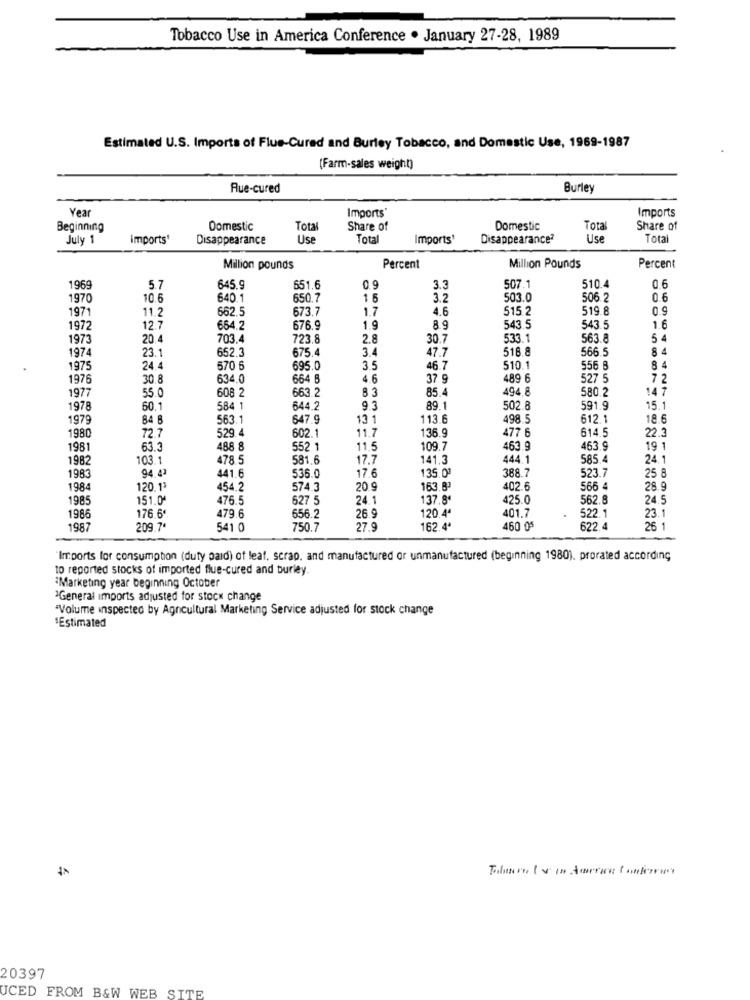
Tobacco Use in America Conference . January 27-28, 1989
Estimated U.S. Imports of Flus-Cured and Burley Tobacco, and Domestic Use, 1969-1987
(Farm-sales weight)
Rue-cured
Burley
Year
Imports'
Imports
Beginning
Domestic
Tota
Share of
Domestic
Total
Share of
July 1
imports'
Disappearance
Use
Total
Imports'
Disappearance?
Use
Total
Million pounds
Percent
Million Pounds
Percent
1969
5.7
645.9
651.6
0.9
3.3
507.1
510.4
0.6
1970
10.6
640.1
650.7
16
3.2
503.0
506.2
0.6
1971
662.5
673.7
1.7
4.6
515.2
519.8
0.9
11.2
1972
12.7
664.2
676.9
1.9
8.9
543.5
543.5
1.6
1973
20.4
703.4
723.8
2.8
30.7
533.1
563.8
54
1974
652.3
675.4
3.4
516 8
566.5
84
23.1
47.7
1975
24.4
570 6
695.0
3.5
46.7
510.1
556 8
84
1976
30.8
634.0
664 B
4.6
37 9
489 6
527 5
72
197
608 2
663.2
33
85.4
494,8
580.2
14.7
55.0
1978
60.1
584 1
644.2
9.3
89.1
502.8
591.9
15.1
1979
84
563.1
647.9
13 1
113.6
498.5
612.1
18.6
1980
529.4
477 6
614.5
22.3
72.7
602.1
11.7
136.9
1981
63.3
488 8
552 1
11.5
109.7
463.9
463.9
19
1982
103.1
478.5
581.6
17.7
141.3
444.1
585.4
24.1
1983
94.43
441.6
17.6
388.7
523.7
536.0
135.02
25 8
1984
120.13
454.2
574.3
20.9
163.83
402.6
566 4
28.9
1985
151.0'
476.5
627 5
24.1
137.8ª
425.0
562.8
24.5
401.7
522.1
23.1
1986
176.6*
479.6
656.2
26.9
120.4ª
.
1987
209.7
541 0
750.7
27.9
162.4ª
460 05
622.4
26 1
"Imports for consumption (duty paid) of leaf, scrap, and manufactured or unmanufactured (beginning 1980). prorated according
to reported stocks of imported flue-cured and burley
Marketing year beginning October
3General imports adjusted for stock change
"Volume inspected by Agricultural Marketing Service adjusted for stock change
'Estimated
20397
UCED FROM B&W WEB SITE